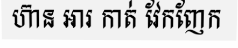
ហ៊ាន អារ កាត់ វែកញែក